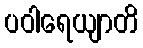
ပဝါရေယျာတိ